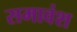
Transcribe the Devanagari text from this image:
समावंश